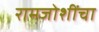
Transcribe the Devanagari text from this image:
रामजोशींचा